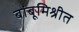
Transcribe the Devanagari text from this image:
बांबूमिश्रीत